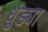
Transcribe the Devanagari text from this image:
धुंड्या